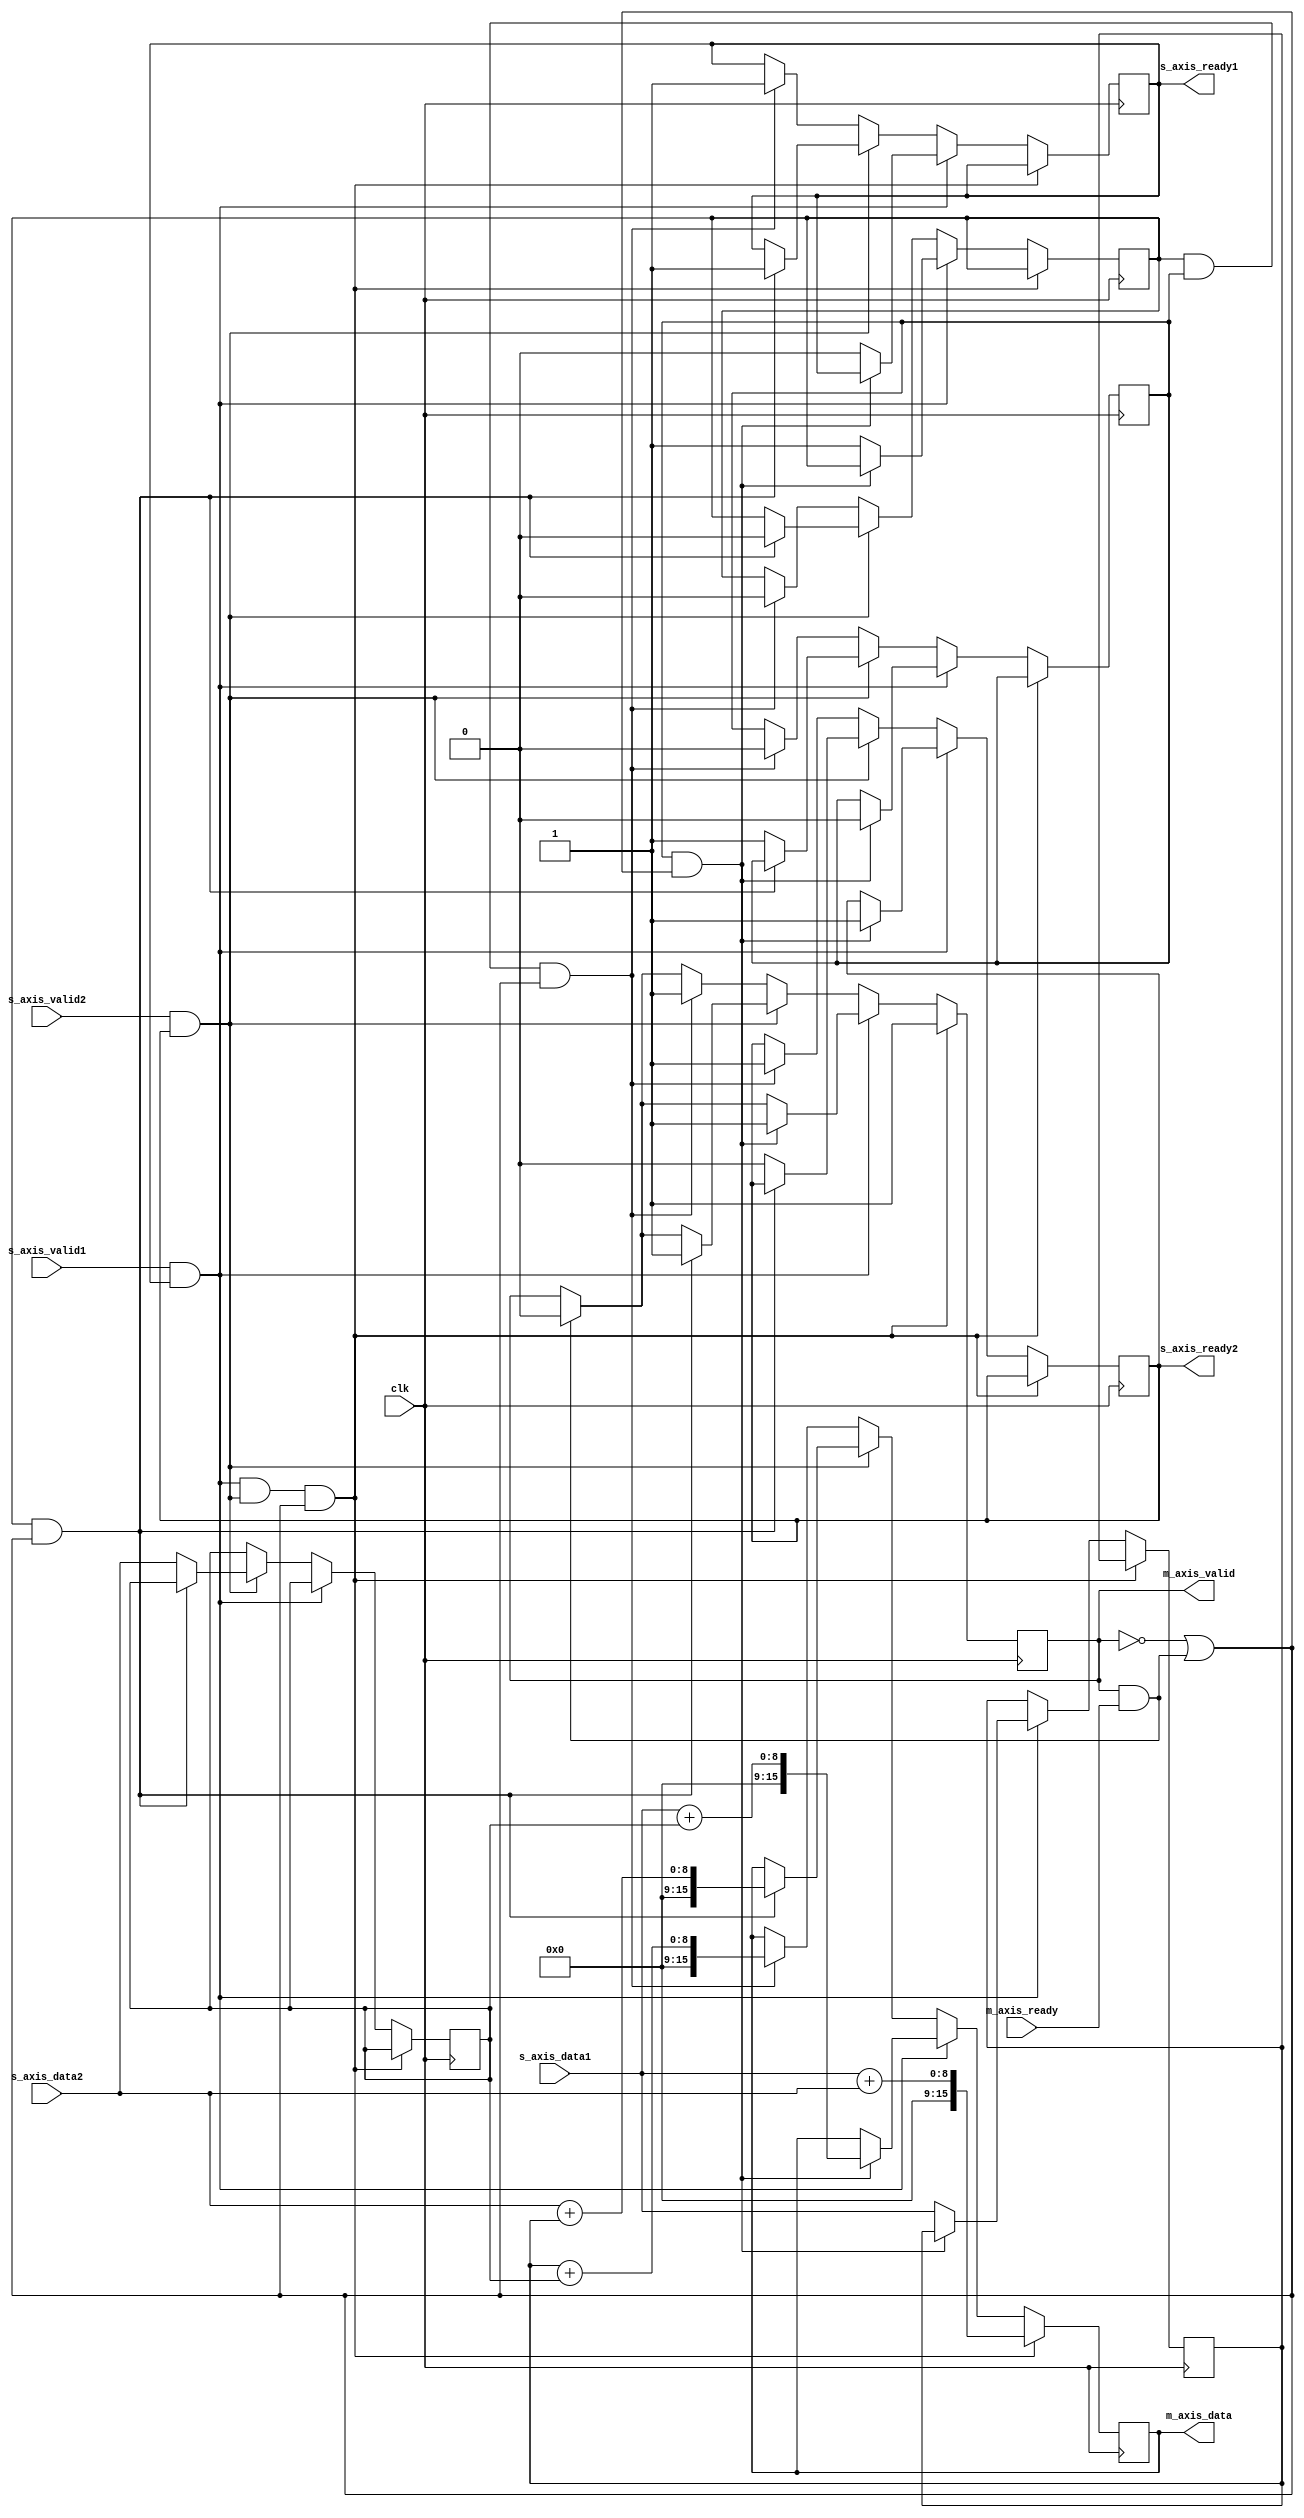
`timescale 1ns / 1ns

module axi_8bit_adder (
	input clk,

	input [7:0] s_axis_data1,
	input s_axis_valid1,
	output s_axis_ready1,

	input [7:0] s_axis_data2,
	input s_axis_valid2,
	output s_axis_ready2,

	output reg [15:0] m_axis_data,
	output reg m_axis_valid = 0,
	input m_axis_ready	
);

reg [7:0] s_axis_data1_buf = 0;
reg [7:0] s_axis_data2_buf = 0;

reg is_s_axis_data1 = 0;
reg is_s_axis_data2 = 0;

reg s_axis_ready1_state = 1;
reg s_axis_ready2_state = 1;

assign s_axis_ready1 = s_axis_ready1_state;
assign s_axis_ready2 = s_axis_ready2_state;

wire m_axis_data_ready_to_receive = !m_axis_valid | (m_axis_valid & m_axis_ready);

always @(posedge clk)
begin

	if (m_axis_valid & m_axis_ready)
	begin
		m_axis_valid <= 0;
	end

	if ((s_axis_valid1 & s_axis_ready1) & (s_axis_valid2 & s_axis_ready2) & m_axis_data_ready_to_receive)
	begin
		m_axis_data <= s_axis_data1 + s_axis_data2;
		m_axis_valid <= 1;
	end
	else if (s_axis_valid1 & s_axis_ready1)
	begin
		if ((is_s_axis_data2) & m_axis_data_ready_to_receive)
		begin
			m_axis_data <= s_axis_data1 + s_axis_data2_buf;
			is_s_axis_data2 <= 0;
			s_axis_ready2_state <= 1;
			m_axis_valid <= 1;
		end
		else
		begin
			s_axis_data1_buf <= s_axis_data1;
			is_s_axis_data1 <= 1;
			s_axis_ready1_state <= 0;
		end
	end
	else if (s_axis_valid2 & s_axis_ready2)
	begin
		if ((is_s_axis_data1) & m_axis_data_ready_to_receive)
		begin
			m_axis_data <= s_axis_data2 + s_axis_data1_buf;
			is_s_axis_data1 <= 0;
			s_axis_ready1_state <= 1;
			m_axis_valid <= 1;
		end
		else
		begin
			s_axis_data2_buf <= s_axis_data2;
			is_s_axis_data2 <= 1;
			s_axis_ready2_state <= 0;
		end
	end
	else if ((is_s_axis_data1 & is_s_axis_data2) & m_axis_data_ready_to_receive)
	begin
		m_axis_data <= s_axis_data1_buf + s_axis_data2_buf;
		is_s_axis_data1 <= 0;
		s_axis_ready1_state <= 1;
		is_s_axis_data2 <= 0;
		s_axis_ready2_state <= 1;
		m_axis_valid <= 1;
	end

end

endmodule